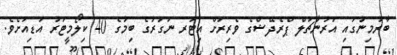
ބާރުމިނުގައި އަރުނާޗަލް ޕްރެދޭޝްގެ ވެރިރަށް އިޓަރ ނަގަރުގެ ބިމުގެ 40 ކިލޯމީޓަރު އަޑިއަށެވެ.